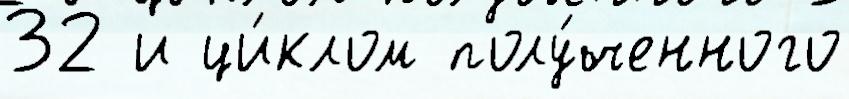
32 и ци́клом полу́ченного